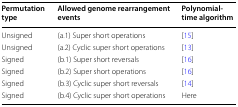
<table><thead><tr><td><b>Permutation type</b></td><td><b>Allowed genome rearrangement events</b></td><td><b>Polynomial-time algorithm</b></td></tr></thead><tbody><tr><td>Unsigned</td><td>(a.1) Super short operations</td><td>[15]</td></tr><tr><td>Unsigned</td><td>(a.2) Cyclic super short operations</td><td>[13]</td></tr><tr><td>Signed</td><td>(b.1) Super short reversals</td><td>[16]</td></tr><tr><td>Signed</td><td>(b.2) Super short operations</td><td>[16]</td></tr><tr><td>Signed</td><td>(b.3) Cyclic super short reversals</td><td>[14]</td></tr><tr><td>Signed</td><td>(b.4) Cyclic super short operations</td><td>Here</td></tr></tbody></table>